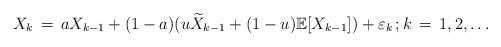
LaTeX: \begin{align*} X_{k} \, =\, a X_{k-1} + (1-a) ( u \widetilde{X}_{k-1} + (1-u) \mathbb E [ X_{k-1}] ) + \varepsilon_{k} \, ; k \, =\, 1, 2, \ldots \end{align*}